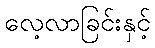
လေ့လာခြင်းနှင့်